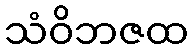
သံဝိဘဇထ